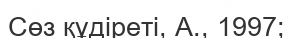
Сөз құдіреті, А., 1997;